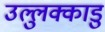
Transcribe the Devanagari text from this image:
उल्लुक्काडु